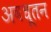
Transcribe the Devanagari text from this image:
अवधूतन